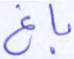
باغ